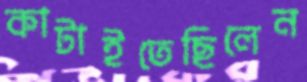
কাটাইতেছিলেন